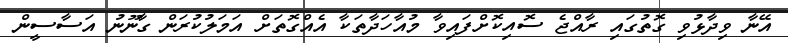
އޭނާ ވިދާޅުވި ގޮތުގައި ރާއްޖެ ސޮއިކޮށްފައިވާ މުއާހަދާތަކާ އެއްގޮތަށް އަމަލުކުރަން ގާނޫނު އަސާސީން